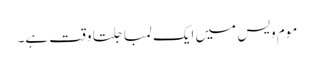
موم ویس میں ایک لمبا جلتا وقت ہے۔